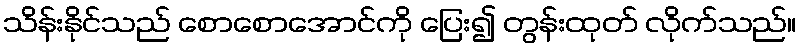
သိန်းနိုင်သည် စောစောအောင်ကို ပြေး၍ တွန်းထုတ် လိုက်သည်။